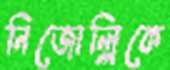
নিজোল্লিকে